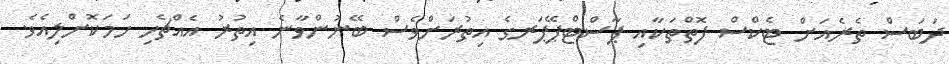
ދަބަސް ތެރެއަށް ޓެކްސް ފޮތްތަކާއި ޕާސްޓްޕޭޕަރގެ އިތުރަށްވެސް ބޭނުންވާނެ އިތުރު އެއްޗެހި ހަމަކޮށްލިއެވެ.